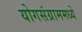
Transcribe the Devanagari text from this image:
योगसंग्राममध्ये